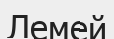
Лемей